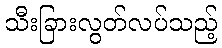
သီးခြားလွတ်လပ်သည့်